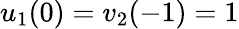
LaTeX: u_{1}(0)=v_{2}(-1)=1